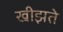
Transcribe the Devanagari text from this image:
खीझते